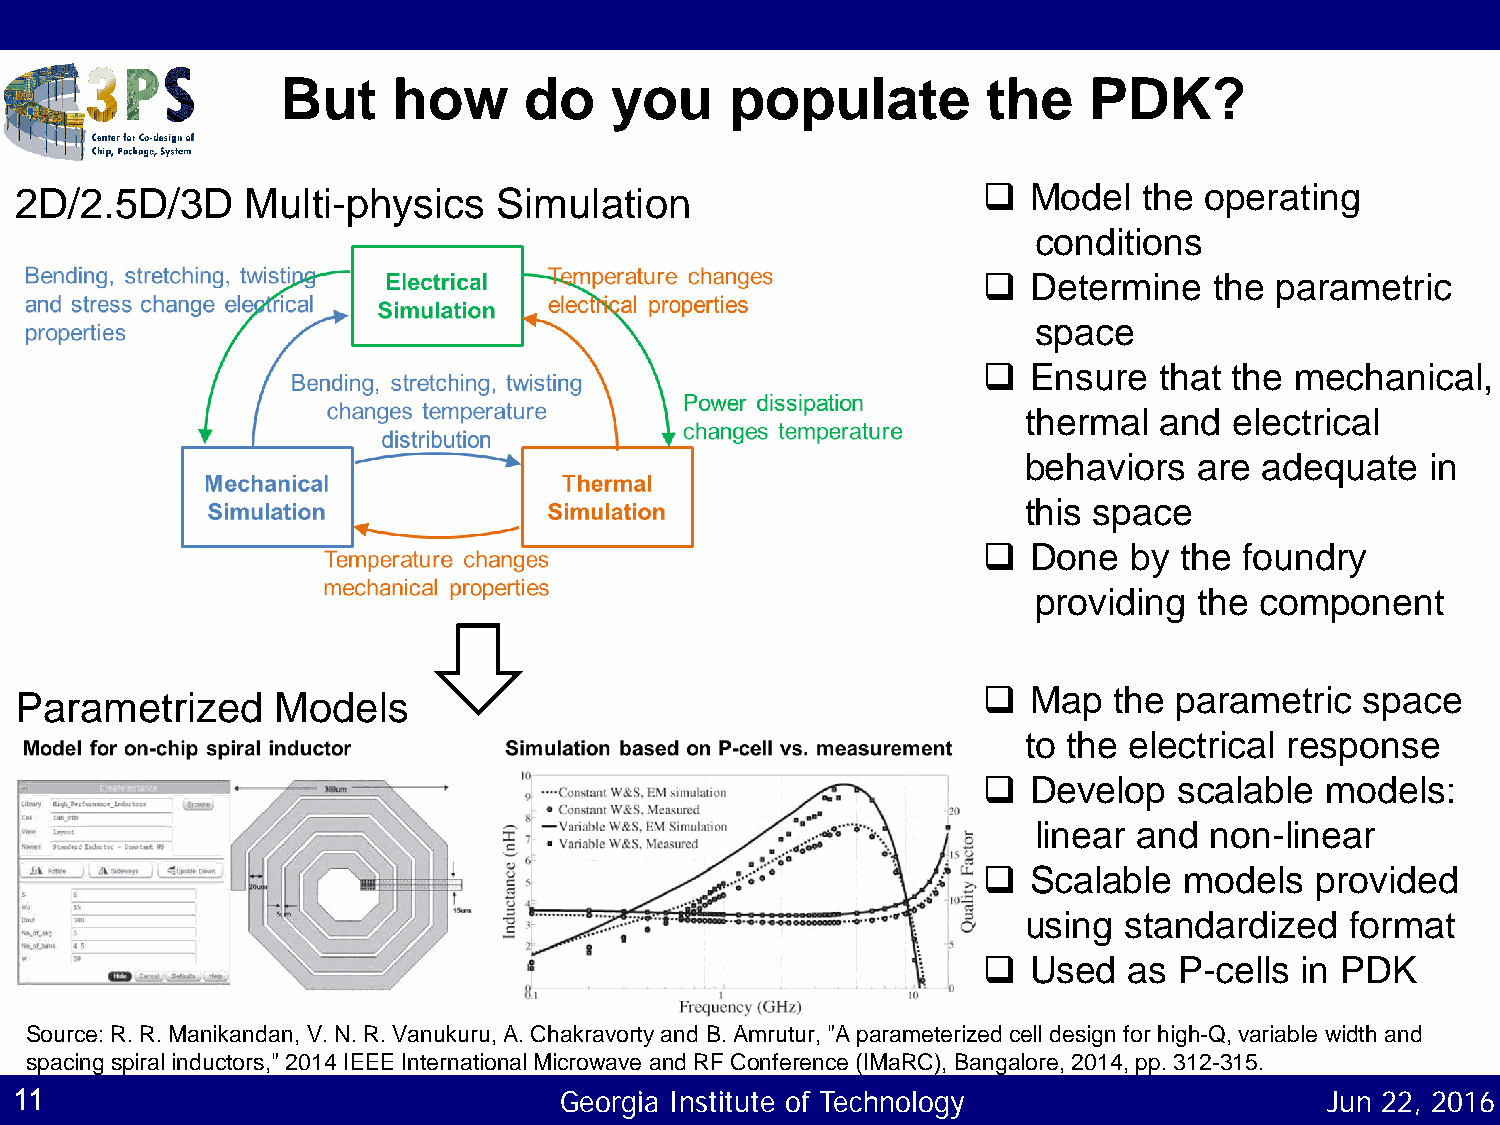
But    how      do   you     populate         the    PDK?
 2D/2.5D/3D     Multi-physics    Simulation                        Model   the operating
 conditions
   Determine   the parametric
 space
   Ensure   that the mechanical,
 thermal  and  electrical
 behaviors  are  adequate   in
 this space
   Done   by the foundry
 providing the component
   Map   the parametric  space
 Parametrized     Models
 to the electrical response
   Develop   scalable  models:
 linear and non-linear
   Scalable  models   provided
 using standardized   format
   Used   as P-cells in PDK
 Source: R. R. Manikandan, V. N. R. Vanukuru, A. Chakravorty and B. Amrutur, "A parameterized cell design for high-Q, variable width and
 spacing spiral inductors," 2014 IEEE International Microwave and RF Conference (IMaRC), Bangalore, 2014, pp. 312-315.
 11                                  Georgia Institute of Technology                    Jun 22, 2016